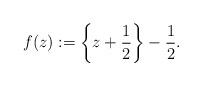
LaTeX: \begin{align*} f(z):=\left\{z+\frac{1}{2}\right\}-\frac{1}{2}. \end{align*}